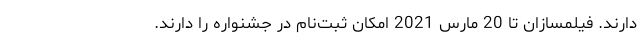
دارند. فیلمسازان تا 20 مارس 2021 امکان ثبت‌نام در جشنواره را دارند.